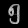
Digit: ၅